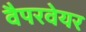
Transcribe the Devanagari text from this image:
वैपरवेयर